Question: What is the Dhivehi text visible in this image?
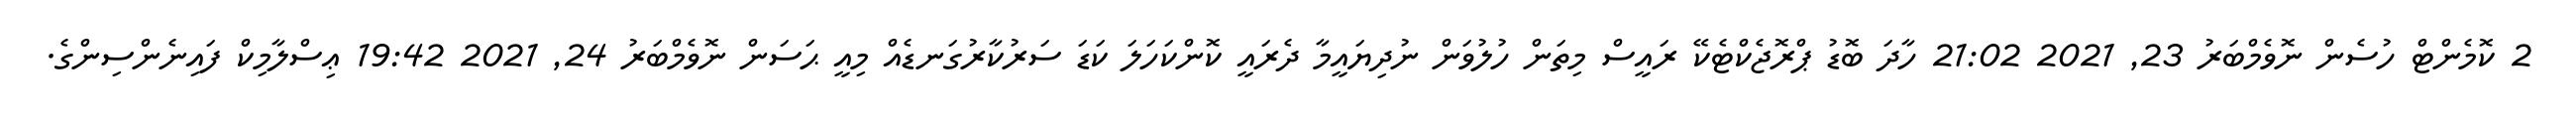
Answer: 2 ކޮމެންޓް ހުސެން ނޮވެމްބަރު 23, 2021 21:02 ހާދަ ބޮޑު ޕްރޮޖެކްޓެކޭ ރައީސް މިތަން ހުލުވަން ނުދިޔައީމާ ދެރައީ ކޮންކަހަލަ ކަޑަ ސަރުކާރުގަނޑެއް މިއީ ޙަސަން ނޮވެމްބަރު 24, 2021 19:42 ޢިސްލާމިކް ފައިނެންސިންގެ.